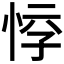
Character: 𱞘